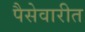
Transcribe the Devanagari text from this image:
पैसेवारीत